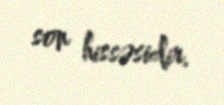
son hissəsidir.